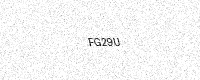
Text: FG29U